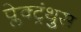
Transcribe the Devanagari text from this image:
प्लेक्ट्रंथुस